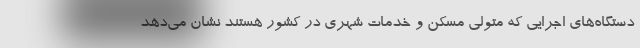
دستگاه‌های اجرایی که متولی مسکن و خدمات شهری در کشور هستند نشان می‌دهد